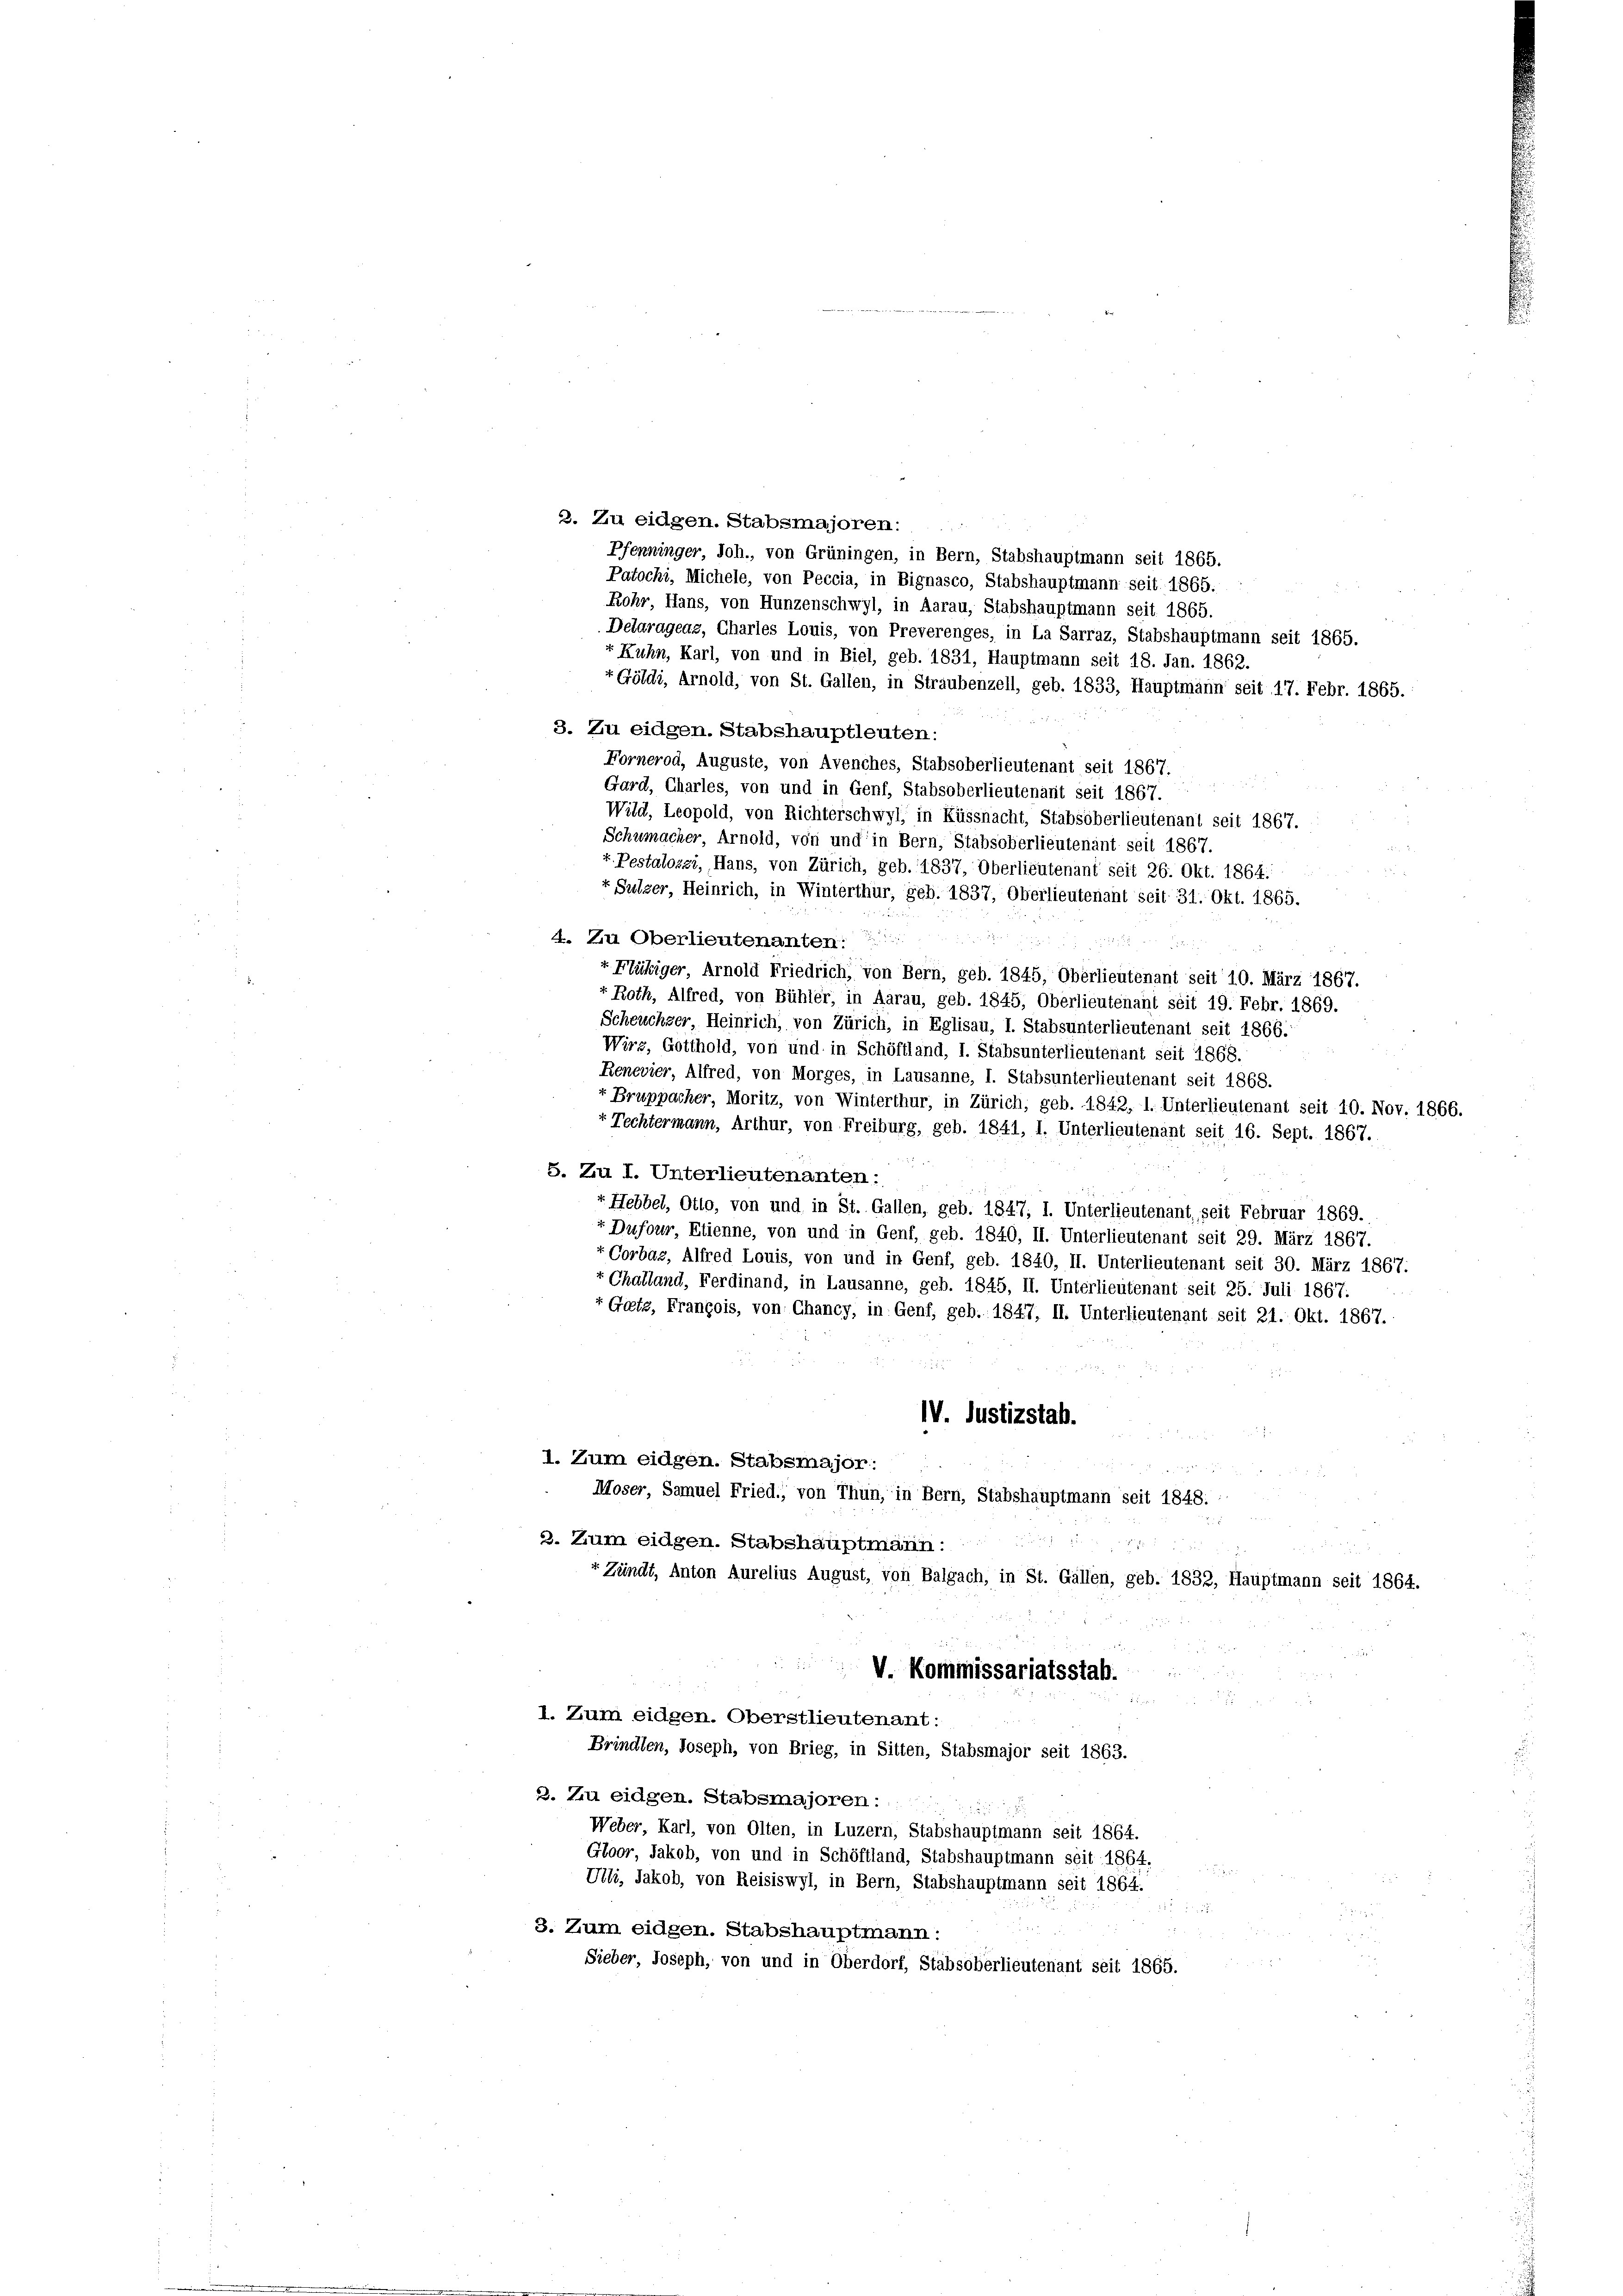
3. Zu eidgen. Stabsmajoren.
Pfenninger, Joh., von Grüningen, in Bern, Stabshauptmann seit 1865.
Patochi, Michele, von Peccia, in Bignasco, Stabshauptmann seit 1865.
Rohr, Hans, von Hunzenschwyl, in Aarau, Stabshauptmann seit 1865.
Delaragens, Charles Louis, von Preverenges, in La Sarraz, Stabshauptmann seit 1865.
+ Kuhn, Karl, von und in Biel, geb. 1831, Hauptmann seit 18. Jan. 1862.
Göldi, Arnold, von St. Gallen, in Straubenzell, geb. 1833, Hauptmann seit 17. Febr. 1865.
3. Zu eidgen. Stabshauptleuten:
Fornerod, Auguste, von Avenches, Stabsoberlieutenant seit 1867.
Gard, Charles, von und in Genf, Stabsoberlieutenant seit 1867.
Wild, Leopold, von Richterschwyl, in Küssnacht, Stabsöberlieutenant seit 1867.
Schumacher, Arnold, von und in Bern, Stabsoberlieutenant seit 1867.
r. Pestalozzi, Hans, von Zürich, geb. 1837, Oberlieutenant seit 26. Okt. 1864.
+ Sulzer, Heinrich, in Winterthur, geb. 1837, Oberlieutenant seit 31. Okt. 1865.
4. Zu Oberlieutenanten:
+ Flüßiger, Arnold Friedrich, von Bern, geb. 1845, Oberlieutenant seit 10. März 1867.
r. Roth, Alfred, von Bühler, in Aarau, geb. 1845, Oberlieutenant seit 19. Febr. 1869.
Scheuchzer, Heinrich, von Zürich, in Eglisau, I. Stabsunterlieutenant seit 1866.
Wirz, Gotthold, von und in Schöffland, I. Stabsunterlieutenant seit 1868.
Renevier, Alfred, von Morges, in Lausanne, I. Stabsunterlieutenant seit 1868.
r Bruppacher, Moritz, von Winterthur, in Zürich, geb. 1842, 1. Unterlieutenant seit 10. Nov. 1866.
 Techtermann, Arthur, von Freiburg, geb. 1841, I. Unterlieutenant seit 16. Sept. 1867.
5. Zu I. Unterlieutenanten:
t Hebbel, Otto, von und in St. Gallen, geb. 1847, I. Unterlieutenant, seit Februar 1869.
 Dufour, Etienne, von und in Genf, geb. 1840, II. Unterlieutenant seit 29. März 1867.
r Corbaz, Alfred Louis, von und in Genf, geb. 1840, II. Unterlieutenant seit 30. März 1867.
r Challand, Ferdinand, in Lausanne, geb. 1845, II. Unterlieutenant seit 25. Juli 1867.
Gatz, François, von Chancy, in Genf, geb. 1847, II. Unterlieutenant seit 21. Okt. 1867.
IV. Justizstab.
I. Zum eidgen. Stabsmajor:
2 xx
Moser, Samuel Fried., von Thun, in Bern, Stabshauptmann seit 1848.
2. Zum eidgen. Stabshauptmann .....
+ Zündt, Anton Aurelius August, von Balgach, in St. Gallen, geb. 1832, Hauptmann seit 1864.
2
V. Kommissariatsstab.
.
1. Zum eidgen. Oberstlieutenant:
Brindlen, Joseph, von Brieg, in Sitten, Stabsmajor seit 1863.
3. Zu eidgen. Stabsmajoren:
Weber, Karl, von Olten, in Luzern, Stabshauptmann seit 1864.
Gloor, Jakob, von und in Schöftland, Stabshauptmann seit 1864.
Uibi, Jakob, von Reisiswyl, in Bern, Stabshauptmann seit 1864.

3. Zum eidgen. Stabshauptmann:
Sieber, Joseph, von und in Oberdorf, Stabsoberlieutenant seit 1865.